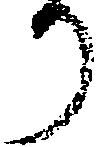
か